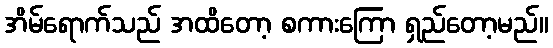
အိမ်ရောက်သည် အထိတော့ စကားကြော ရှည်တော့မည်။